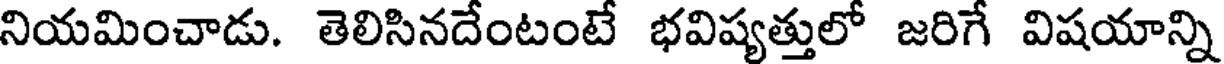
నియమించాడు. తెలిసినదేంటంటే భవిష్యత్తులో జరిగే విషయాన్ని